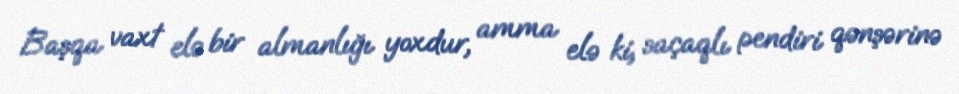
Başqa vaxt elə bir almanlığı yoxdur, amma elə ki, saçaqlı pendiri qənşərinə